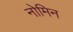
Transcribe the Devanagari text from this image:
नोमिन